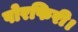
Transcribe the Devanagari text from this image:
पोरफिरी।